Indian journal of veterinary science and animal husbandry - Volumes 24-25, 1954-1955
Year: 1954
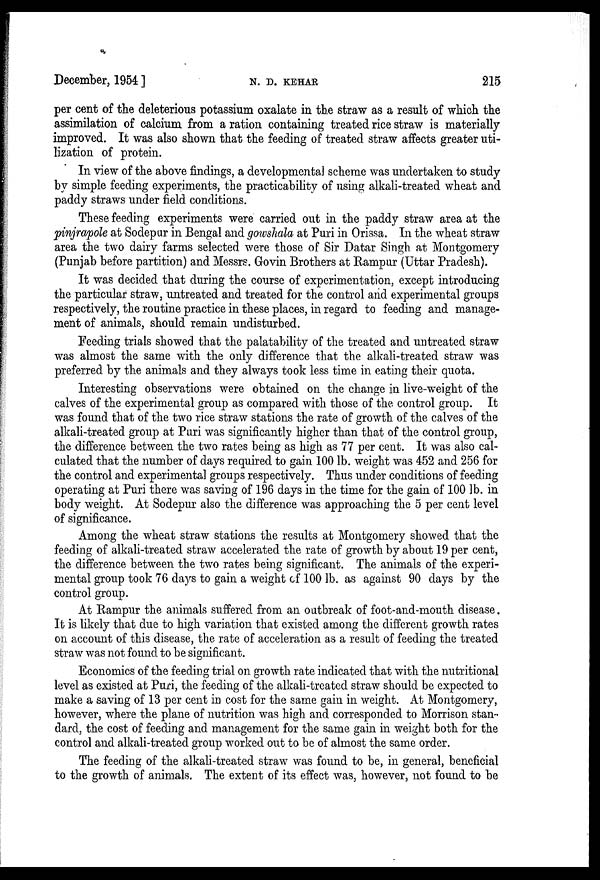
December, 1954 ]
N.
D.
KEHAR
215
per cent of the deleterious potassium oxalate in the straw as a result of which the
assimilation of calcium from a ration containing treated rice straw is materially
improved. It was also shown that the feeding of treated straw affects greater uti-
lization of protein.
In view of the above findings, a developmental scheme was undertaken to study
by simple feeding experiments, the practicability of using alkali-treated wheat and
paddy straws under field conditions.
These feeding experiments were carried out in the paddy straw area at the
pinjrapole at Sodepur in Bengal and gowshala at Puri in Orissa. In the wheat straw
area the two dairy farms selected were those of Sir Datar Singh at Montgomery
(Punjab before partition) and Messrs. Govin Brothers at Rampur (Uttar Pradesh).
It was decided that during the course of experimentation, except introducing
the particular straw, untreated and treated for the control and experimental groups
respectively, the routine practice in these places, in regard to feeding and manage-
ment of animals, should remain undisturbed.
Feeding trials showed that the palatability of the treated and untreated straw
was almost the same with the only difference that the alkali-treated straw was
preferred by the animals and they always took less time in eating their quota.
Interesting observations were obtained on the change in live-weight of the
calves of the experimental group as compared with those of the control group. It
was found that of the two rice straw stations the rate of growth of the calves of the
alkali-treated group at Puri was significantly higher than that of the control group,
the difference between the two rates being as high as 77 per cent. It was also cal-
culated that the number of days required to gain 100 lb. weight was 452 and 256 for
the control and experimental groups respectively. Thus under conditions of feeding
operating at Puri there was saving of 196 days in the time for the gain of 100 lb. in
body weight. At Sodepur also the difference was approaching the 5 per cent level
of significance.
Among the wheat straw stations the results at Montgomery showed that the
feeding of alkali-treated straw accelerated the rate of growth by about 19 per cent,
the difference between the two rates being significant. The animals of the experi-
mental group took 76 days to gain a weight of 100 lb. as against 90 days by the
control group.
At Rampur the animals suffered from an outbreak of foot-and-mouth disease.
It is likely that due to high variation that existed among the different growth rates
on account of this disease, the rate of acceleration as a result of feeding the treated
straw was not found to be significant.
Economics of the feeding trial on growth rate indicated that with the nutritional
level as existed at Puri, the feeding of the alkali-treated straw should be expected to
make a saving of 13 per cent in cost for the same gain in weight. At Montgomery,
however, where the plane of nutrition was high and corresponded to Morrison stan
dard, the cost of feeding and management for the same gain in weight both for the
control and alkali-treated group worked out to be of almost the same order.
The feeding of the alkali-treated straw was found to be, in general, beneficial
to the growth of animals. The extent of its effect was, however, not found to be